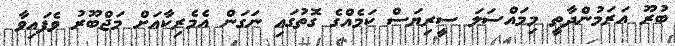
ބުރޫ އަރަމުންދާތީ މިމައްސަލަ ސީރިޔަސް ކަމެއްގެ ގޮތުގައި ނަގަން އެމެރިކާއަށް މަޖްބޫރު ވެފައިވާ